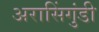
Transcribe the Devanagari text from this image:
अरासिंगुंडी